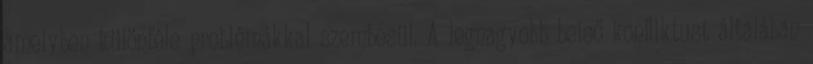
amelyben különféle problémákkal szembesül. A legnagyobb belső konﬂiktust általában